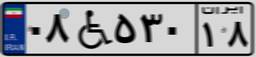
۰۸W۵۳۰۱۸